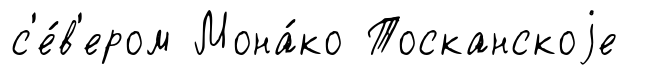
с'е́в'ером Мона́ко Тосканскоjе